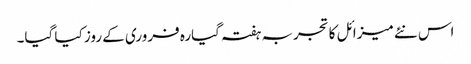
اس نئے میزائل کا تجربہ ہفتہ گیارہ فروری کے روز کیا گیا۔